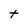
Character: t